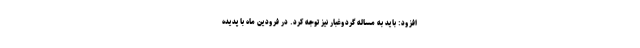
افزود: باید به مساله گردوغبار نیز توجه کرد. در فرودین ماه با پدیده